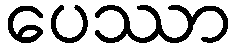
ပေဿာ